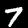
Label: 7